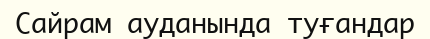
Сайрам ауданында туғандар